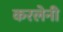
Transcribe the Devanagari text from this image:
करलेनी